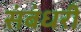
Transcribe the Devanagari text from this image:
संबंधरी